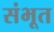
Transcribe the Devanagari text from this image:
संभूत